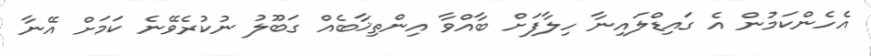
އެހެންކަމުން އެ ގައިޑްލައިނާ ހިލާފަށް ބާއްވާ އިންތިޚާބެއް ގަބޫލު ނުކުރެވޭނެ ކަމަށް އޭނާ